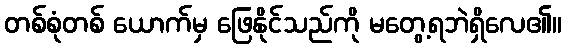
တစ်စုံတစ် ယောက်မှ ဖြေနိုင်သည်ကို မတွေ့ရဘဲရှိလေ၏။